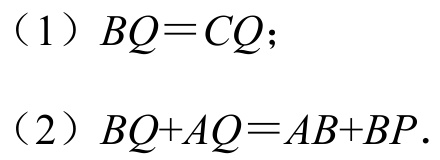
(1) \(BQ = CQ\);
(2) \(BQ + AQ=AB + BP\).